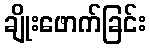
ချိုးဖောက်ခြင်း